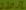
Text: 220Ω